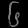
Digit: ၆